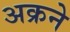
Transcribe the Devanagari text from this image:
अक्रने